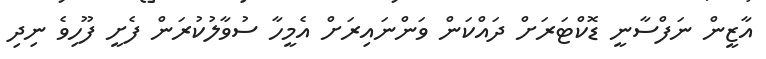
އާޒީން ނަފްސާނީ ޑޮކްޓަރަށް ދައްކަން ވަންނައިރަށް އެމީހާ ސުވާލުކުރަން ފެށީ ފޫހިވެ ނިދި